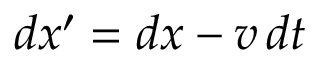
d x ^ { \prime } = d x - v \, d t